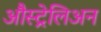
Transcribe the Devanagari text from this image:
औस्ट्रेलिअन